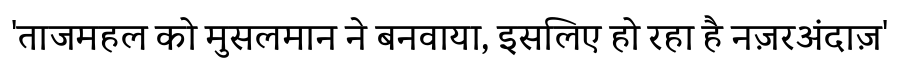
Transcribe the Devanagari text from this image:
'ताजमहल को मुसलमान ने बनवाया, इसलिए हो रहा है नज़रअंदाज़'